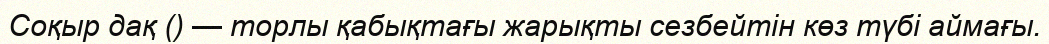
Соқыр дақ () — торлы қабықтағы жарықты сезбейтін көз түбі аймағы.